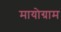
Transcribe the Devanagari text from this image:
मायोग्राम